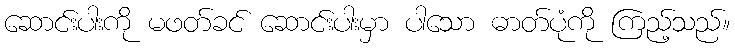
ဆောင်းပါးကို မဖတ်ခင် ဆောင်းပါးမှာ ပါသော ဓာတ်ပုံကို ကြည့်သည်။